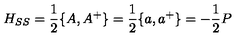
H _ { S S } = \frac { 1 } { 2 } \{ A , A ^ { + } \} = \frac { 1 } { 2 } \{ a , a ^ { + } \} = - \frac { 1 } { 2 } P